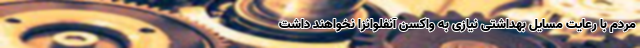
مردم با رعایت مسایل بهداشتی نیازی به واکسن آنفلوانزا نخواهند داشت